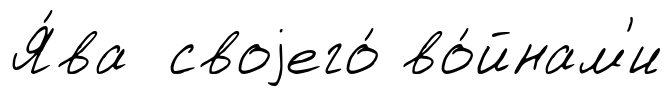
Я́ва своjего́ во́йнам'и